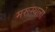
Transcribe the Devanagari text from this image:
मरूस्थलो